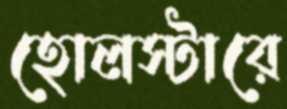
হোলস্টারে